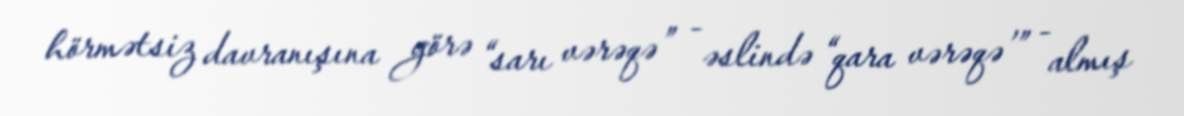
hörmətsiz davranışına görə “sarı vərəqə” - əslində “qara vərəqə’” - almış